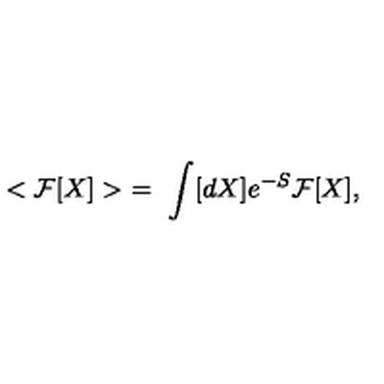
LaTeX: < { \cal F } [ X ] > \ = \ \int [ d X ] e ^ { - S } { \cal F } [ X ] ,